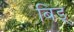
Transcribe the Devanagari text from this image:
बिड्